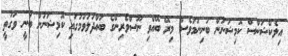
އިލެކްޝަންސް ކޮމިޝަނުން ބުނިނަމަވެސް މިރޭ ބޭއްވި ނޫސްވެރިންގެ ބައްދަލުވުމުގައި ކޮމިޝަނުން ބުނީ ވަގުތީ